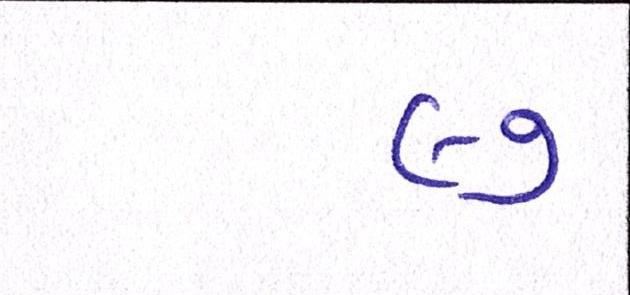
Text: ૯૭